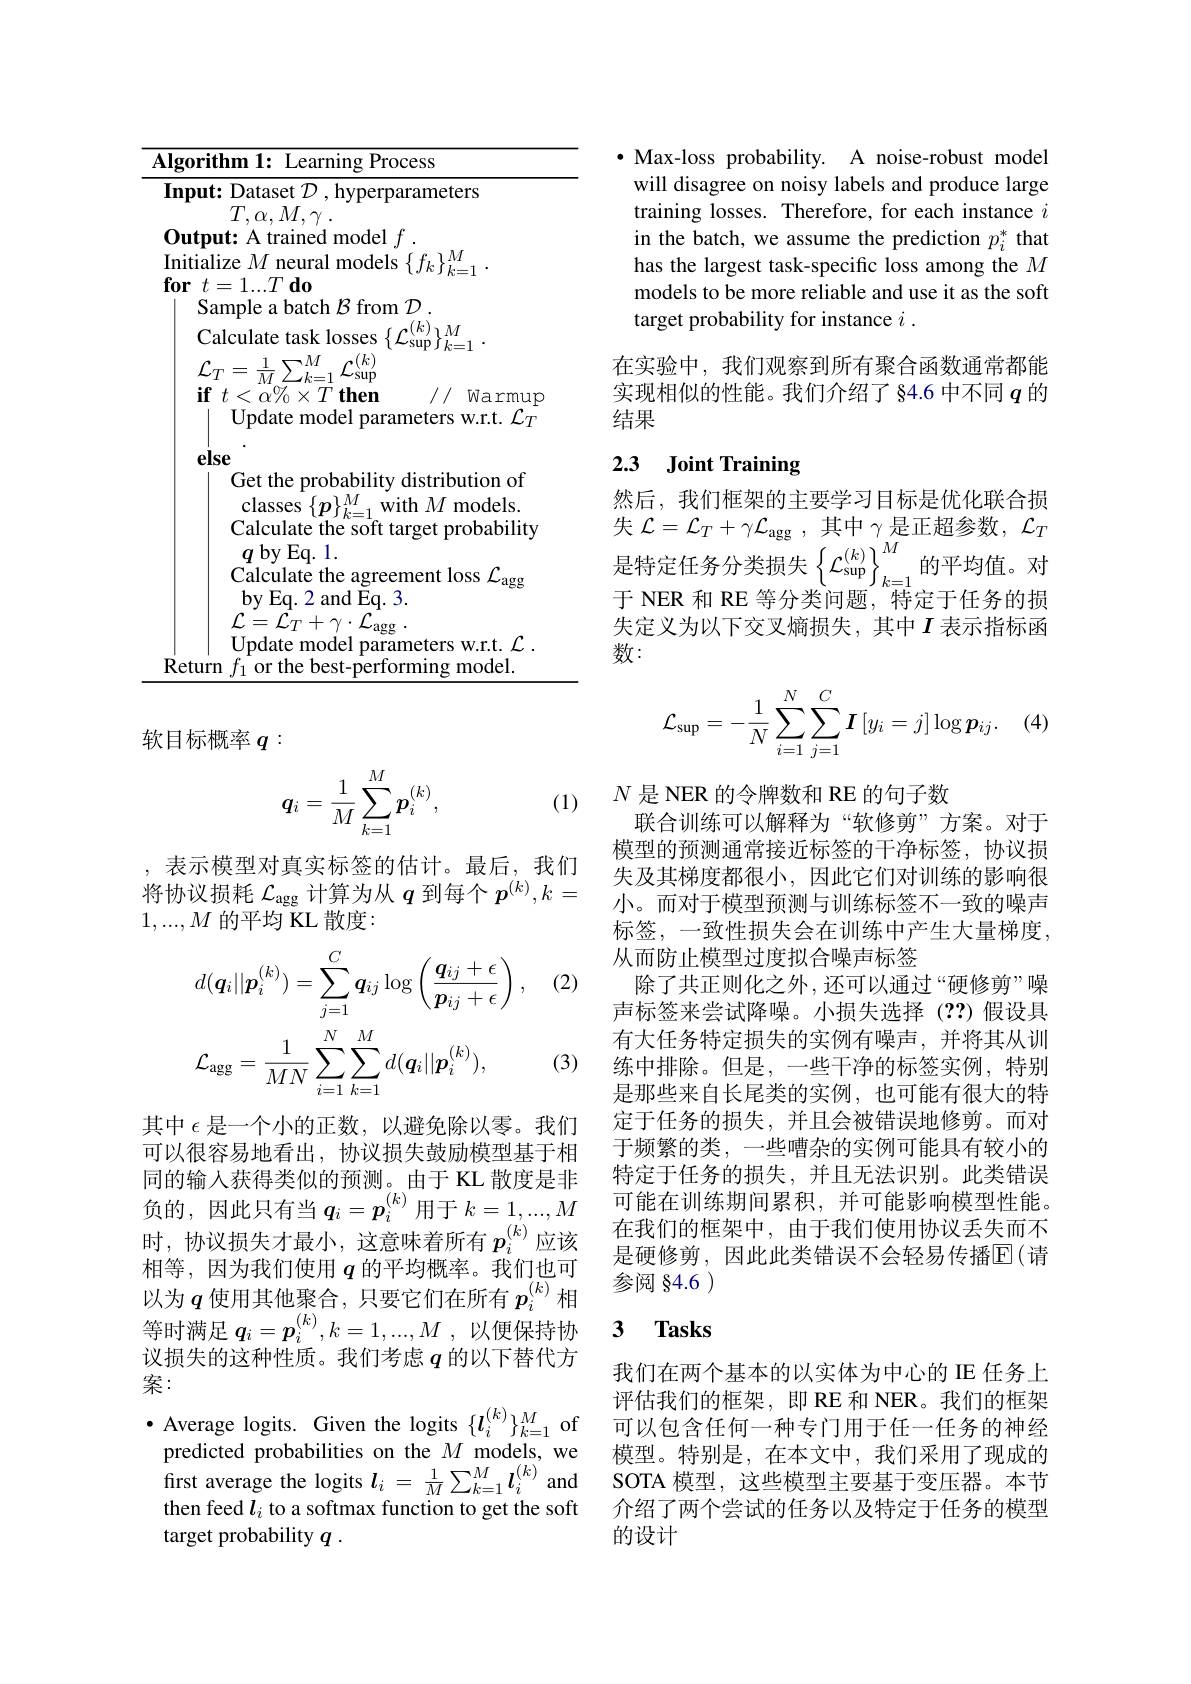
<table>
	<tbody>
		<tr>
			<td>$\mathbf{g}$</td>
			<td>ithm 1: Learning Process</td>
		</tr>
	</tbody>
</table>

软目标概率$q:$

(1)
$$\boldsymbol{q}_i=\dfrac{1}{M}\sum_{k=1}^M\boldsymbol{p}_i^{(k)},$$
, 表示模型对真实标签的估计。最后，我们将协议损耗$\mathcal{L}_\mathrm{agg}$计算为从$q$到每个$p^(k),k=$ $1,...,M$的平均 KL 散度：

(2
$$\begin{aligned}&d(\boldsymbol{q}_{i}||\boldsymbol{p}_{i}^{(k)})=\sum_{j=1}^{C}\boldsymbol{q}_{ij}\log\left(\frac{\boldsymbol{q}_{ij}+\epsilon}{\boldsymbol{p}_{ij}+\epsilon}\right),\\&\mathcal{L}_{\mathrm{agg}}=\frac{1}{MN}\sum_{i=1}^{N}\sum_{k=1}^{M}d(\boldsymbol{q}_{i}||\boldsymbol{p}_{i}^{(k)}),\end{aligned}$$
(3)

其中$\epsilon$是一个小的正数，以避免除以零。我们可以很容易地看出，协议损失鼓励模型基于相同的输入获得类似的预测。由于 KL 散度是非负的，因此只有当$q_i=p_i^{(k)}$用于$k=1,...,M$ 时，协议损失才最小，这意味着所有$p_i^{(k)}$应该相等，因为我们使用$q$的平均概率。我们也可以为$q$使用其他聚合，只要它们在所有$p_i^{(k)}$相等时满足$q_i= \boldsymbol{p}_i^{( k) }, k= 1, . . . , M$ ,以便保持协议损失的这种性质。我们考虑$q$的以下替代方案：
·Average logits. Given the logits $\{l_i^{(k)}\}_{k=1}^M$ of predicted probabilities on the $M$ models, we first average the logits $l_i=\frac1M\sum_{k=1}^M\boldsymbol{l}_i^{(k)}$ and SOTA 模型，这些模型主要基于变压器。本节then feed$l_i$ to a sofftmax function to get the soft Re ACE 个 绍 了 两 个 尝 试 的 任 务 以 及 特 定 干 任 各 的 模 型
then feed $l_i$ to a softmax function to get the soft
target probability $q$ .

$\bullet$ Max-loss probability. A noise-robust model will disagree on noisy labels and produce large training losses. Therefore, for each instance $i$ in the batch, we assume the prediction $p_i^*$ that has the largest task-specific loss among the $M$ models to be more reliable and use it as the soft target probability for instance $i.$

在实验中，我们观察到所有聚合函数通常都能实现相似的性能。我们介绍了 §4.6 中不同$q$的结果

# 2.3 Joint Training

然后，我们框架的主要学习目标是优化联合损失$\mathcal{L} = \mathcal{L} _T+ \gamma \mathcal{L} _{\mathrm{agg}}$,其中$\gamma$是正超参数，$\mathcal{L}_T$ 是特定任务分类损失$\left\{\mathcal{L}_{\sup_{k=1}^{(k)}}^{M}\text{的平均值。对}_{n-1}^{(k)}\right\}_{k=1}^{M}$的平均值。对于 NER 和 RE 等分类问题，特定于任务的损失定义为以下交叉熵损失，其中$I$表示指标函数：
$$\mathcal{L}_{\sup}=-\frac{1}{N}\sum_{i=1}^{N}\sum_{j=1}^{C}\boldsymbol{I}\left[y_{i}=j\right]\log\boldsymbol{p}_{ij}.$$
$N$是 NER 的令牌数和 RE 的句子数
联合训练可以解释为“软修剪”方案。对于模型的预测通常接近标签的干净标签，协议损失及其梯度都很小，因此它们对训练的影响很小。而对于模型预测与训练标签不一致的噪声标签，一致性损失会在训练中产生大量梯度， 从而防止模型过度拟合噪声标签
除了共正则化之外，还可以通过“硬修剪”噪声标签来尝试降噪。小损失选择(??)假设具有大任务特定损失的实例有噪声，并将其从训练中排除。但是，一些干净的标签实例，特别是那些来自长尾类的实例，也可能有很大的特定于任务的损失，并且会被错误地修剪。而对于频繁的类，一些嘈杂的实例可能具有较小的特定于任务的损失，并且无法识别。此类错误可能在训练期间累积，并可能影响模型性能。在我们的框架中，由于我们使用协议丢失而不是硬修剪，因此此类错误不会轻易传播$\operatorname{E}($请参阅 §4.6 )

### 3 $\mathbf{Tasks}$

我们在两个基本的以实体为中心的 IE 任务上评估我们的框架，即 RE 和 NER。我们的框架可以包含任何一种专门用于任一任务的神经模型。特别是，在本文中，我们采用了现成的介绍了两个尝试的任务以及特定于任务的模型的设计